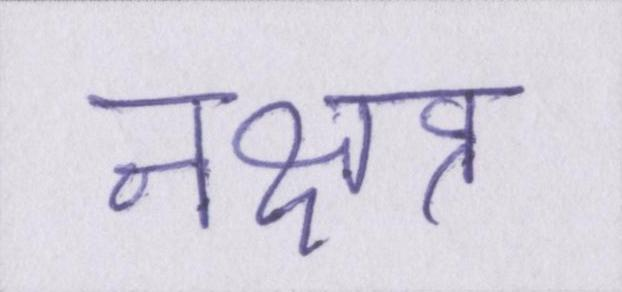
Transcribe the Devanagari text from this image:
नक्षत्र